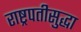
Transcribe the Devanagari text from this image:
राष्ट्रपतीसुद्धा